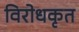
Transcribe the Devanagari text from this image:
विरोधकृत